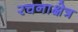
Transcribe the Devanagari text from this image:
रचनाक्षेत्र